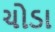
ચોડા